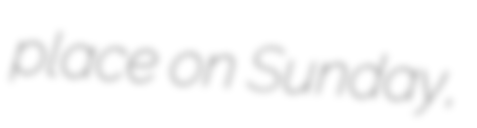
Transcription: place on Sunday,